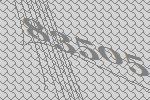
83505